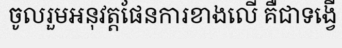
ចូលរួមអនុវត្តផែនការខាងលើ គឺជាទង្វើ